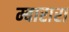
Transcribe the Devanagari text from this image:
म्बारारा